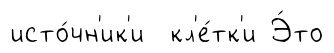
исто́чн'ик'и кл'е́тк'и Э́то